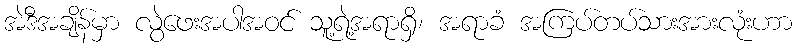
အဲဒီအချိန်မှာ လွဲဖေးအပါအဝင် သူ့ရဲ့အရာရှိ၊ အရာခံ အကြပ်တပ်သားအားလုံးဟာ